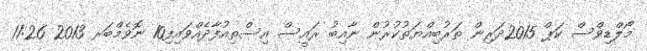
މޯލްޑިވްސް ކަޕް 2015ދަރިން ތަރުބިއްޔަތުކުރުން ނާއިބު ރައީސް އިސްތިއުފާދެއްވައިފި10 ނޮވެމްބަރ 2013 11:26